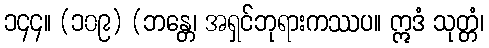
၁၄၄။ (၁၀၉) (ဘန္တေ၊ အရှင်ဘုရားကဿပ။ ဣဒံ သုတ္တံ၊